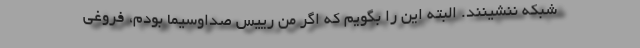
شبکه ننشینند. البته این را بگویم که اگر من رییس صداوسیما بودم، فروغی